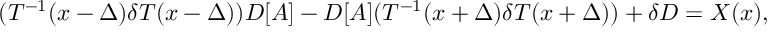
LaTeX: ( T ^ { - 1 } ( x - \Delta ) \delta T ( x - \Delta ) ) D [ A ] - D [ A ] ( T ^ { - 1 } ( x + \Delta ) \delta T ( x + \Delta ) ) + \delta D = X ( x ) ,